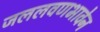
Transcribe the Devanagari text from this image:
जललवणभावेन